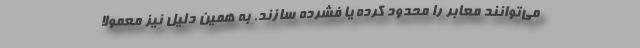
می‌توانند معابر را محدود کرده یا فشرده سازند. به همین دلیل نیز معمولا